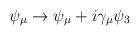
LaTeX: \begin{align*}\psi_{\mu} \rightarrow \psi_{\mu} + i\gamma_{\mu}\psi_3\end{align*}